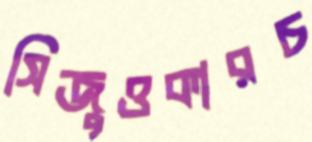
সিজুওকারচ